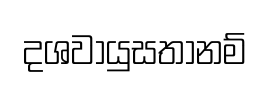
දශවායුසතානම්